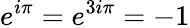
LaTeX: e^{i\pi}=e^{3i\pi}=-1